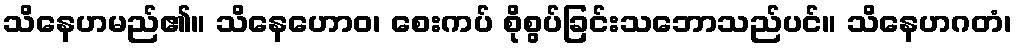
သိနေဟမည်၏။ သိနေဟောဝ၊ စေးကပ် စိုစွပ်ခြင်းသဘောသည်ပင်။ သိနေဟဂတံ၊